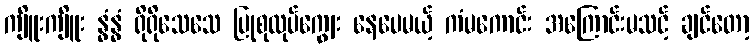
ကျိူးကျိူး နွံနွံ ရိုရိုသေသေ ပြုစုလုပ်ကျွေး နေပေမယ့် ကံမကောင်း အကြောင်းမသင့် ချင်တော့